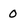
Character: 0